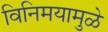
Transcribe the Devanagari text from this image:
विनिमयामुळे